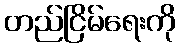
တည်ငြိမ်ရေးကို